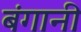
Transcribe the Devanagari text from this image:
बंगानी